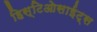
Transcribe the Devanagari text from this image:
हिस्टिओसाईट्स